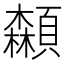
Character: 𩕌